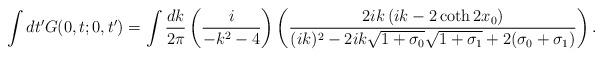
LaTeX: \begin{align*}\int dt'G(0,t;0,t') =\int\frac{dk}{2\pi} \left(\frac{i}{-k^{2}-4}\right) \left(\frac{2ik\left(ik-2\coth 2x_{0}\right)}{(ik)^{2}-2ik\sqrt{1+\sigma_{0}}\sqrt{1+\sigma_{1}}+2(\sigma_{0}+\sigma_{1})}\right).\end{align*}